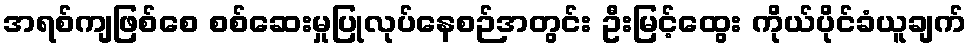
အရစ်ကျဖြစ်စေ စစ်ဆေးမှုပြုလုပ်နေစဉ်အတွင်း ဦးမြင့်ထွေး ကိုယ်ပိုင်ခံယူချက်